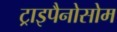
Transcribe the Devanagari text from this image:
ट्राइपैनोसोम